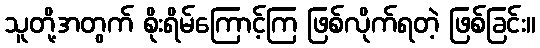
သူတို့အတွက် စိုးရိမ်ကြောင့်ကြ ဖြစ်လိုက်ရတဲ့ ဖြစ်ခြင်း။